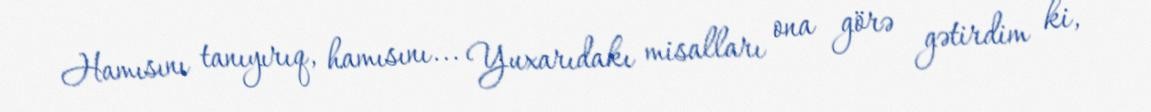
Hamısını tanıyırıq, hamısını... Yuxarıdakı misalları ona görə gətirdim ki,